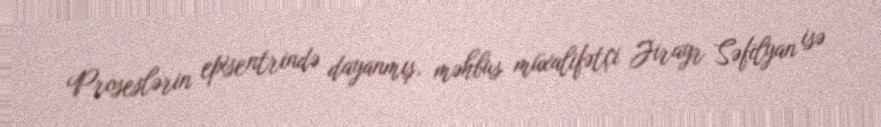
Proseslərin episentrində dayanmış, məhbus müxalifətçi Jirayr Səfilyan isə